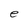
Character: e